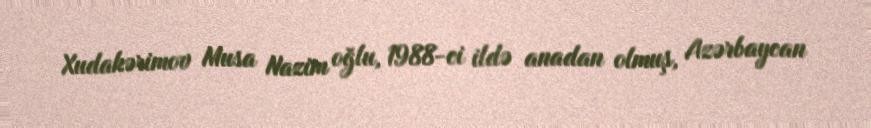
Xudakərimov Musa Nazim oğlu, 1988-ci ildə anadan olmuş, Azərbaycan